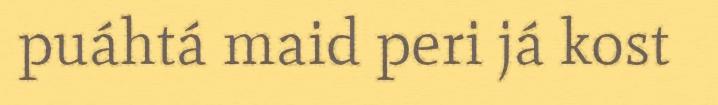
puáhtá maid peri já kost